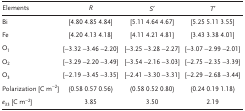
<table><thead><tr><td><b>Elements</b></td><td><b><i>R</i></b></td><td><b><i>S</i>′</b></td><td><b><i>T</i>′</b></td></tr></thead><tbody><tr><td>Bi</td><td>[4.80 4.85 4.84]</td><td>[5.11 4.64 4.67]</td><td>[5.25 5.11 3.55]</td></tr><tr><td>Fe</td><td>[4.20 4.13 4.18]</td><td>[4.11 4.21 4.81]</td><td>[3.43 3.38 4.01]</td></tr><tr><td>O<sub>1</sub></td><td>[−3.32 −3.46 −2.20]</td><td>[−3.25 −3.28 −2.27]</td><td>[−3.07 −2.99 −2.01]</td></tr><tr><td>O<sub>2</sub></td><td>[−3.29 −2.20 −3.49]</td><td>[−3.54 −2.16 −3.03]</td><td>[−2.75 −2.35 −3.39]</td></tr><tr><td>O<sub>3</sub></td><td>[−2.19 −3.45 −3.35]</td><td>[−2.41 −3.30 −3.31]</td><td>[−2.29 −2.68 −3.44]</td></tr><tr><td>Polarization [C m<sup>−2</sup>]</td><td>(0.58 0.57 0.56)</td><td>(0.58 0.52 0.80)</td><td>(0.24 0.19 1.18)</td></tr><tr><td><i>e</i><sub>33</sub> [C m<sup>−2</sup>]</td><td>3.85</td><td>3.50</td><td>2.19</td></tr></tbody></table>